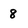
Character: 8